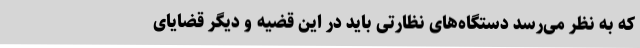
که به نظر می‌رسد دستگاه‌های نظارتی باید در این قضیه و دیگر قضایای